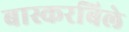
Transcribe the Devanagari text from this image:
बास्करबिले